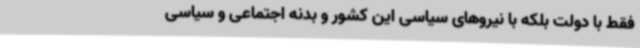
فقط با دولت بلکه با نیروهای سیاسی این کشور و بدنه اجتماعی و سیاسی